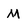
Character: M